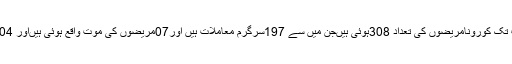
ضلع بارہمولہ میں اب تک کورونامریضوں کی تعداد 308ہوئی ہیںجن میں سے 197سرگرم معاملات ہیں اور07مریضوں کی موت واقع ہوئی ہیںاور 104صحتیاب ہوئے ہیں۔